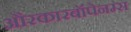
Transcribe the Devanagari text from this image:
औरकारबॉपेनम्स